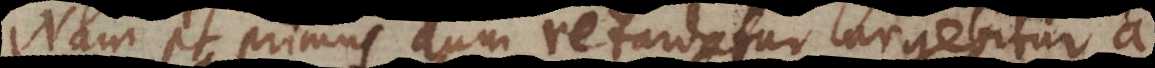
Nam et primus dum retardatur urgebitur a